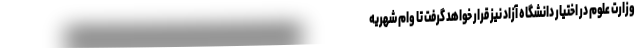
وزارت علوم در اختیار دانشگاه آزاد نیز قرار خواهد گرفت تا وام شهریه